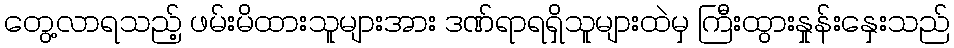
တွေ့လာရသည့် ဖမ်းမိထားသူများအား ဒဏ်ရာရရှိသူများထဲမှ ကြီးထွားနှုန်းနှေးသည်